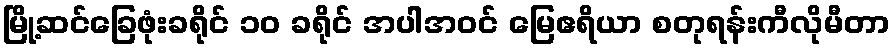
မြို့ဆင်ခြေဖုံးခရိုင် ၁၀ ခရိုင် အပါအဝင် မြေဧရိယာ စတုရန်းကီလိုမီတာ